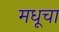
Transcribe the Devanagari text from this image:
मधूचा